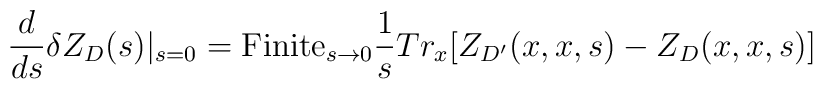
{d\over {ds}}\delta Z_{D}(s)|_{s=0} =\hbox{Finite}_{s\to 0}{1\over s}Tr_x [ Z_{D'}(x,x,s) - Z_{D}(x,x,s)]